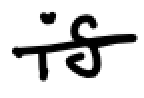
Text: is
Cross-out: single-line
Writing tool: digital_black